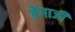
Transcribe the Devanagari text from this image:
बेंगाजी